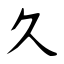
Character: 久